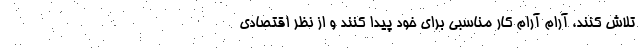
تلاش کنند، آرام آرام کار مناسبی برای خود پیدا کنند و از نظر اقتصادی